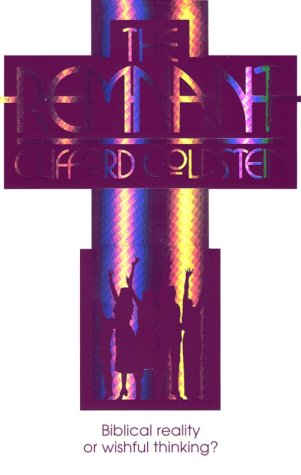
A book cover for The Remnant: Biblical Reality or Wishful Thinking?; Clifford Goldstein; Christian Books & Bibles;